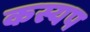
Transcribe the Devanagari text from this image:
कस्यप